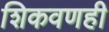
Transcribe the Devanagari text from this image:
शिकवणही